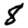
Digit: 8